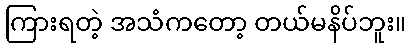
ကြားရတဲ့ အသံကတော့ တယ်မနိပ်ဘူး။